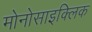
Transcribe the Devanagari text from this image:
मोनोसाइक्लिक